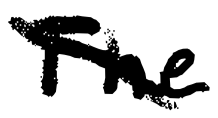
Text: The
Cross-out: diagonal
Writing tool: digital_black